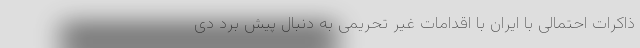
ذاکرات احتمالی با ایران با اقدامات غیر تحریمی به دنبال پیش برد دی